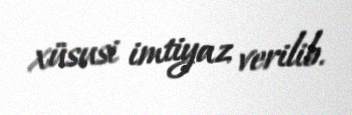
xüsusi imtiyaz verilib.